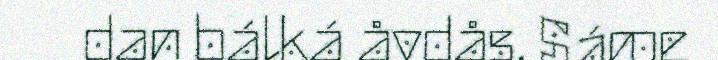
dan bálká åvdås. Sáme